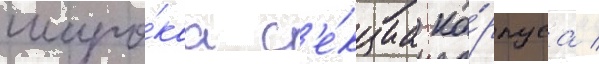
широ́каа с'е́кциа ко́рпуса /